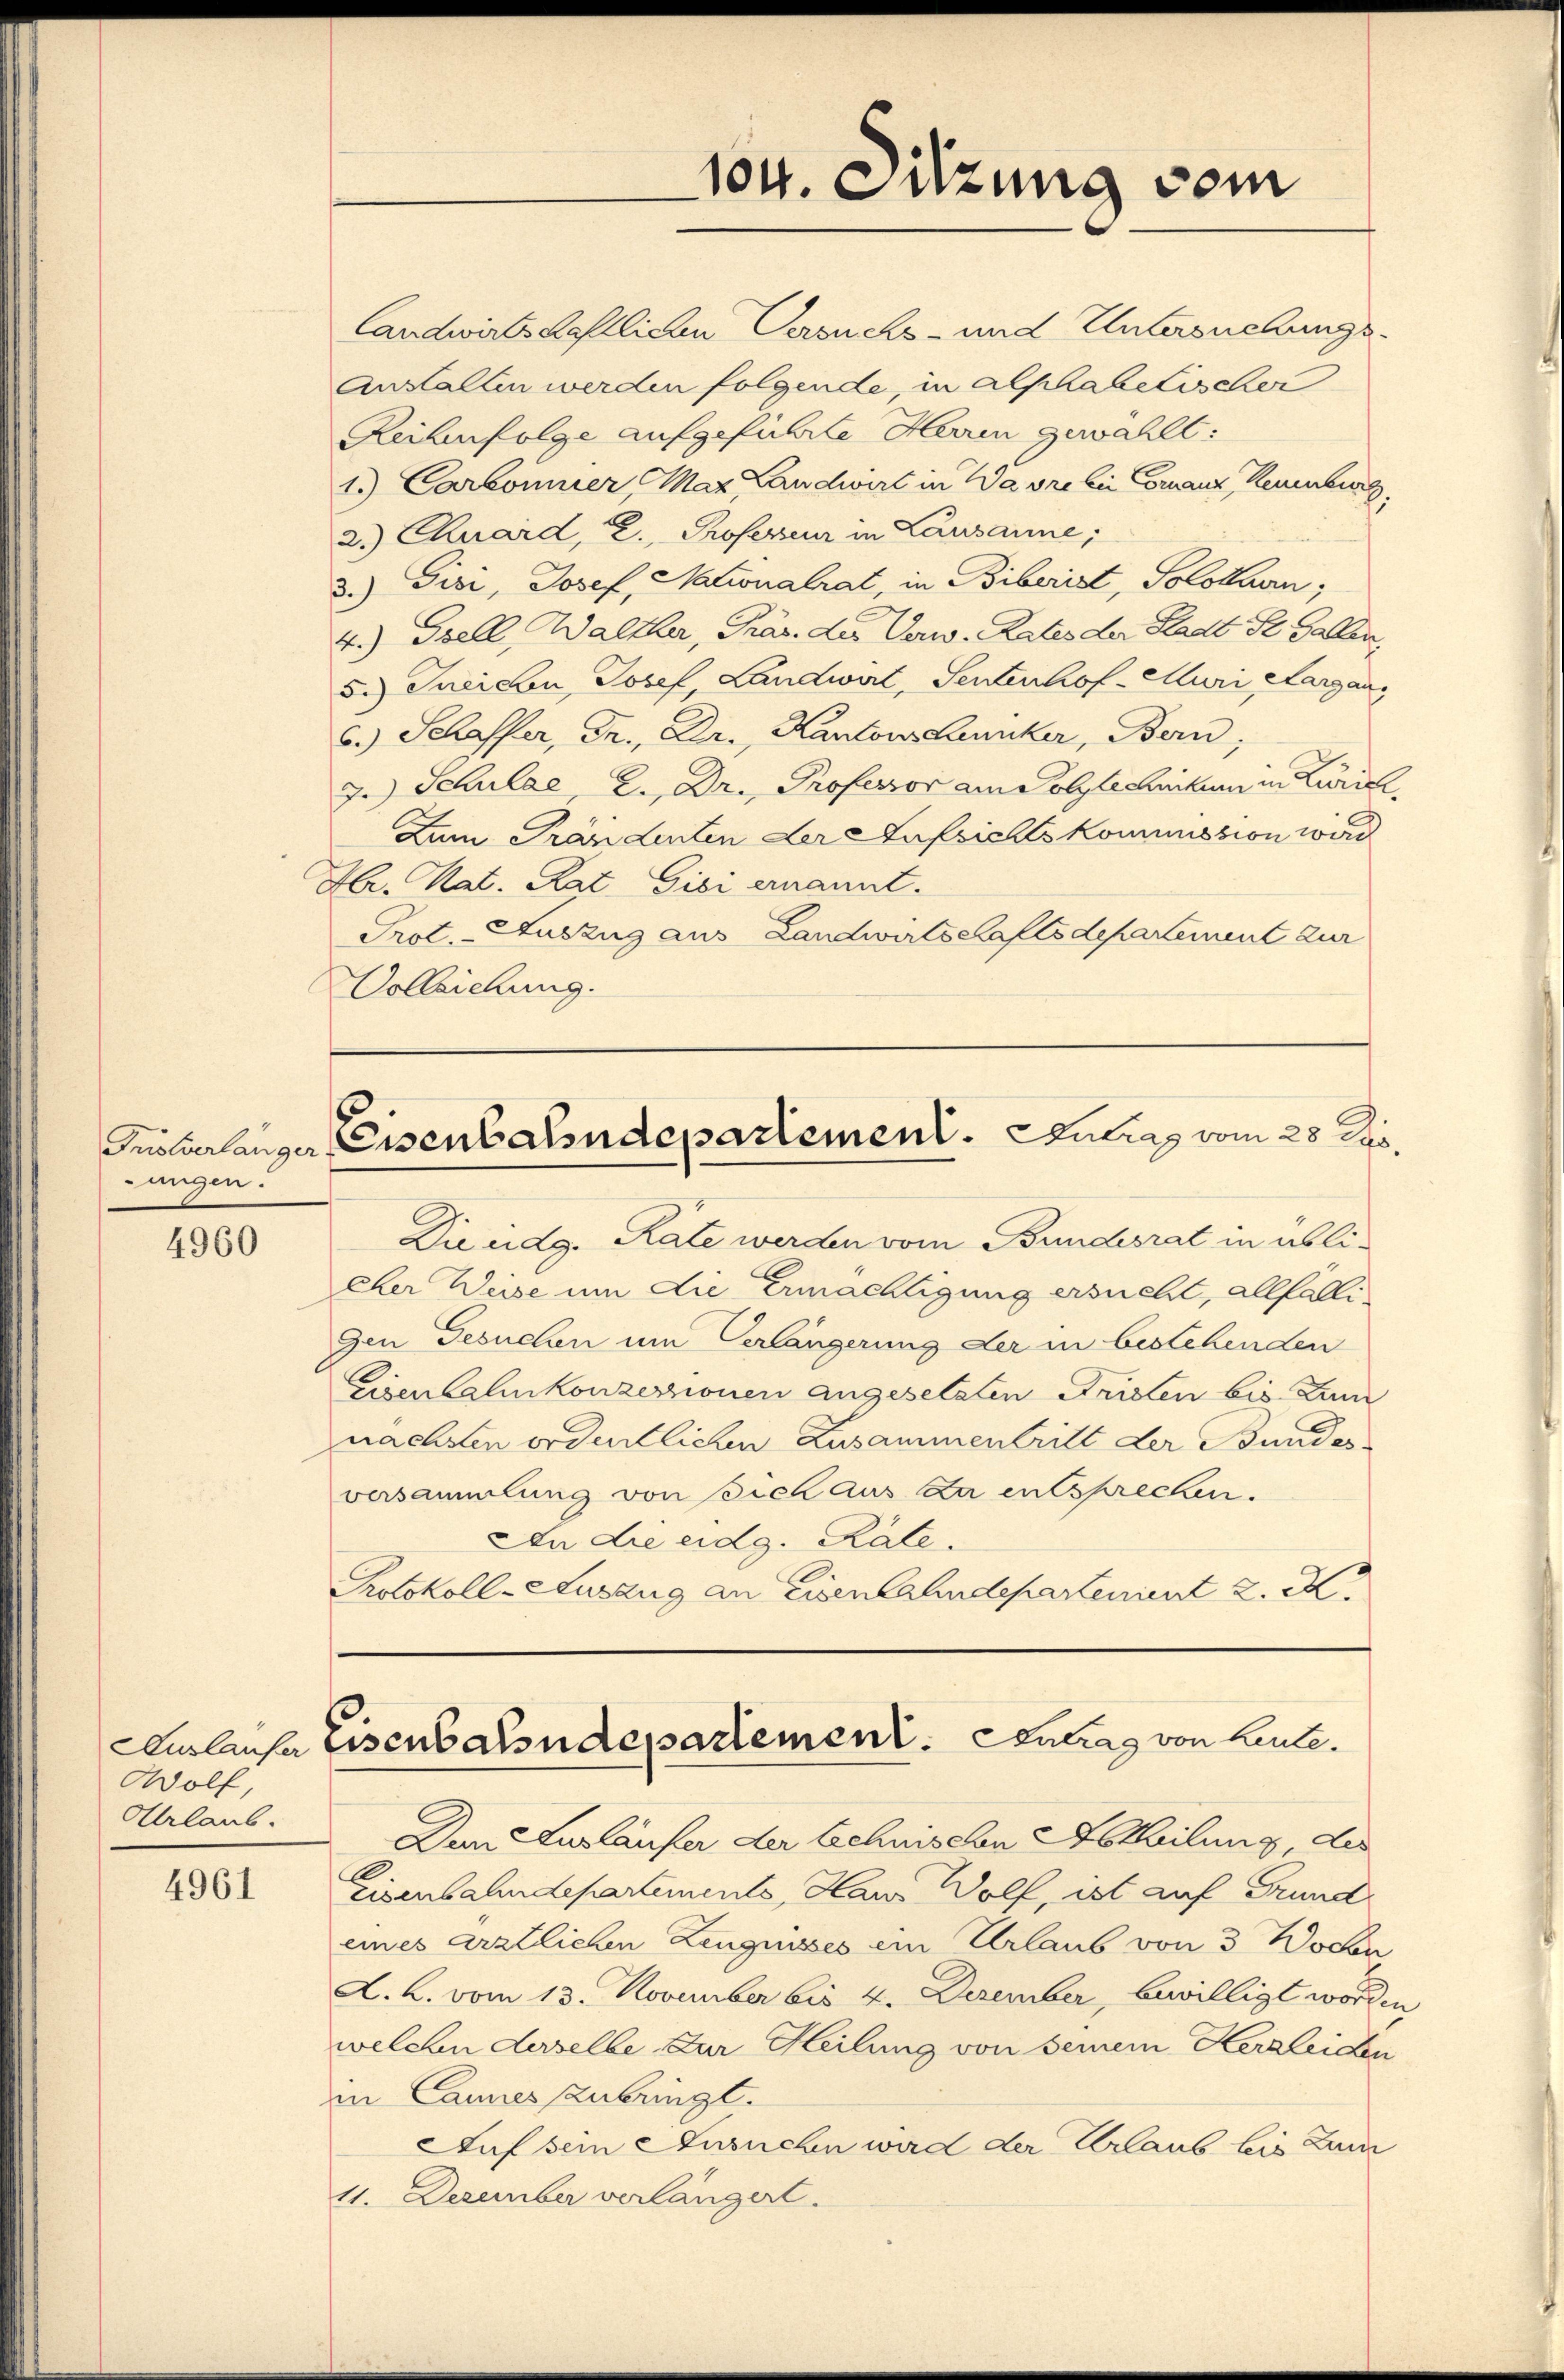
ungen.

4960

Wolf,
Ahrlaub.

4961

Landwirtschaftlichen Versuchs- und Untersuchungs-
Anstalten werden folgende, in alphabetischer
Reihenfolge aufgeführte Herren gewählt:
1.) Carbonner, Maz Landwirt in Wavre lin Comanz, Reuenburg
2.) Chuard, z. Professeur in Lausanne;
3.) Gisi, Josef, Nationalrat, in Biberist, Solothurn,
4.) Isell, Walther, Präs. des Verw. Rates der Stadt St. Gallen,
5.) Ineichen Josef, Landwirt, Sentenhof - Muri Aargau,
6.) Schaffer, Dr. Dr. Kantons dunker, Bern,
3.) Schulae, 2. Dr. Professor am Polytechnikum in Zürich,
Zum Prändenten der Aufsichts kommission wird
Hr. Nat. Rat. Gisi ernannt.
Prot. Auszug aus Landwirtschaftsdepartement zur
Vollziehung.

Die eidg. Rate werden vom Bundesrat in üblicher Weise um die Ermächtigung ersucht, allfälligen Gesuchen um Verlängerung der in bestehenden
Eisenbahnkonzessionen angesetzten Fristen bis Lin
nächsten ordentlichen Zusammentritt der Bundes
versammlung von sich aus da entsprechen.
An die eidg. Räte.
Protokoll-Auszug an Eisenbahndepartement 2. X.

104. Sitzung vom

Gröberlanger Eisenbahndepartement. Antrag vom 25. Rpp.

Ausliefe Eisenbahndepartement. Eintrag von heute.

Dem Ausläufer der technischen Abtheilung des
0
Eisenbahndepartements, Haus Wolf, ist auf Grund
eines ärztlichen Zeugnisses ein Urlaub von 3 Wochen
L. L. vom 13. November bis 4. Dezember, bewilligt worden
welchen derselbe zur Heilung von seinem Herzleiden
in Cannes zubringt.
Auf sein Ansuchen wird der Urlaub bis zum
11. Dezember verlängert.